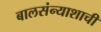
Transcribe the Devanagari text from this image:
बालसंन्याशाची